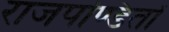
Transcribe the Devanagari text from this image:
राजपण्डितों